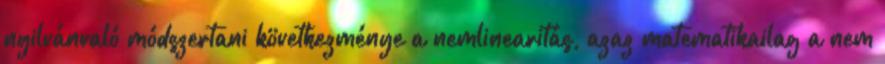
nyilvánvaló módszertani következménye a nemlinearitás, azaz matematikailag a nem